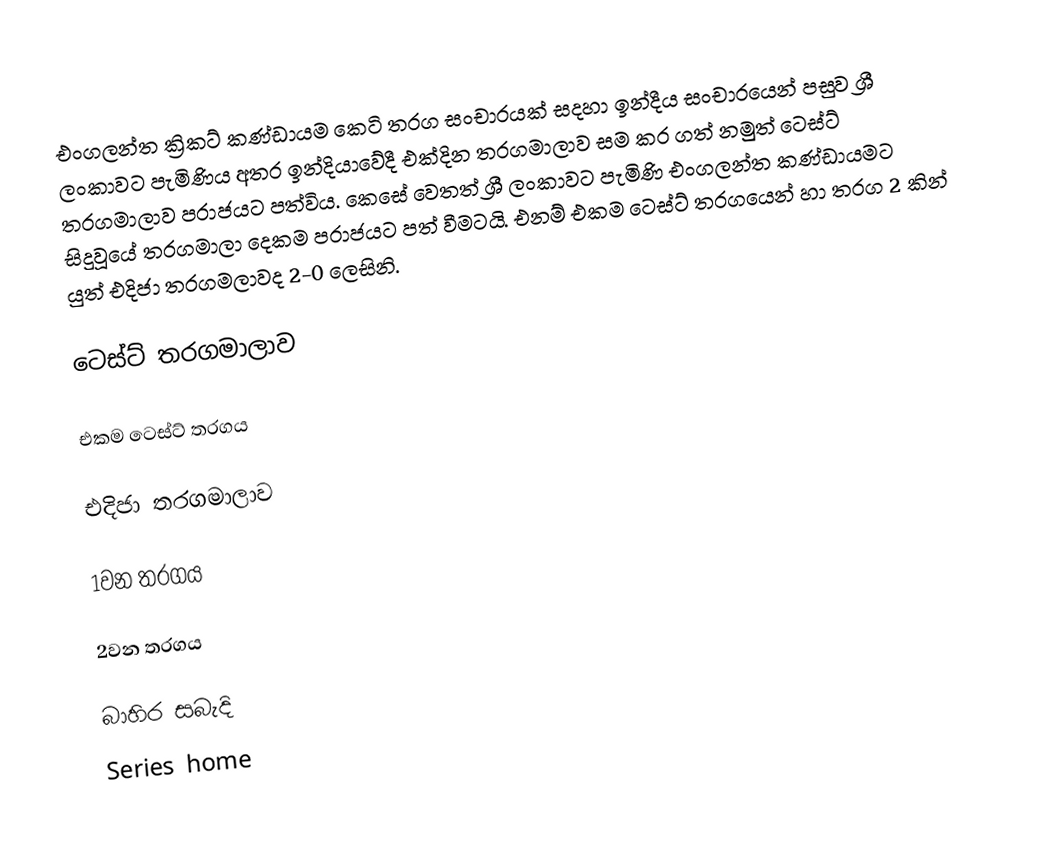
එංගලන්ත ක්‍රිකට් කණ්ඩායම කෙටි තරග සංචාරයක් සදහා ඉන්දීය සංචාරයෙන් පසුව ශ්‍රී ලංකාවට පැමිණිය අතර ඉන්දියාවේදී එක්දින තරගමාලාව සම කර ගත් නමුත් ටෙස්ට් තරගමාලාව පරාජයට පත්විය. කෙසේ වෙතත් ශ්‍රී ලංකාවට පැමිණි එංගලන්ත කණ්ඩායමට සිදුවූයේ තරගමාලා දෙකම පරාජයට පත් වීමටයි. එනම් එකම ටෙස්ට් තරගයෙන් හා තරග 2 කින් යුත් එදිජා තරගමලාවද 2-0 ලෙසිනි.

ටෙස්ට් තරගමාලාව

එකම ටෙස්ට් තරගය

එදිජා තරගමාලාව

1වන තරගය

2වන තරගය

බාහිර සබැදි
Series home